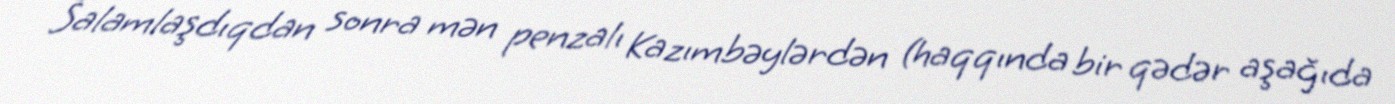
Salamlaşdıqdan sonra mən penzalı Kazımbəylərdən (haqqında bir qədər aşağıda